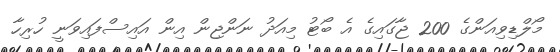
މޯލްޑިވިއަންގެ 200 ޖާގައިގެ އެ ބޯޓު މިއަދު ނަންޖިން އިން އައިސްފައިވަނީ ހުރިހާ